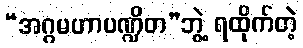
“အဂ္ဂမဟာပဏ္ဍိတ”ဘွဲ့ ရထိုက်တဲ့